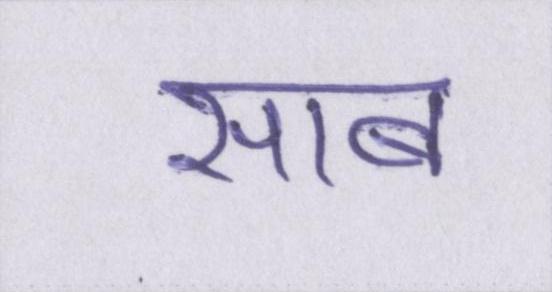
साब